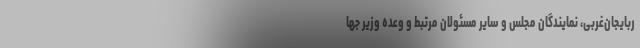
ربایجان‌غربی، نمایندگان مجلس و سایر مسئولان مرتبط و وعده وزیر جها